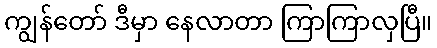
ကျွန်တော် ဒီမှာ နေလာတာ ကြာကြာလှပြီ။